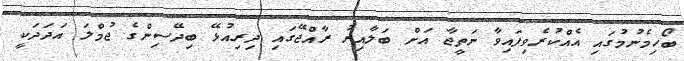
ބޯހިމެނުމުގައި އެއްކުރެވިފައިވާ ނަތީޖާ އަށް ބަލާއިރު ރާއްޖޭގައި ދިރިއުޅޭ ބިދޭސިންގެ ޖުމްލަ އަދަދަކީ